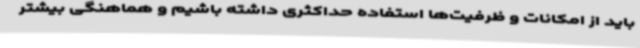
باید از امکانات و ظرفیت‌ها استفاده حداکثری داشته باشیم و هماهنگی بیشتر